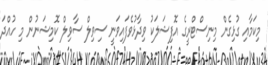
މިކަމާއި ގުޅިގެން މިނިސްޓްރީގެ އޮފިޝަލަކު ވިދާޅުވެފައިވަނީ ސިވިލް ސާވިލް ކޮމިޝަނުން މި ހުއްދަ